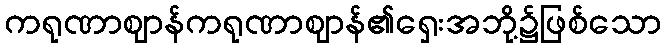
ကရုဏာဈာန်ကရုဏာဈာန်၏ရှေးအဘို့၌ဖြစ်သော